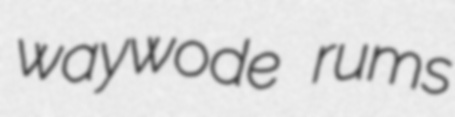
waywode rums